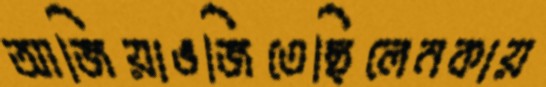
আজিয়াভজিতেছিলেনকায়